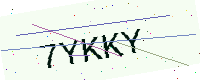
Text: 7YKKY